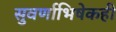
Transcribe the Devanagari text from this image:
सुवर्णाभिषेकही